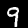
Label: 9